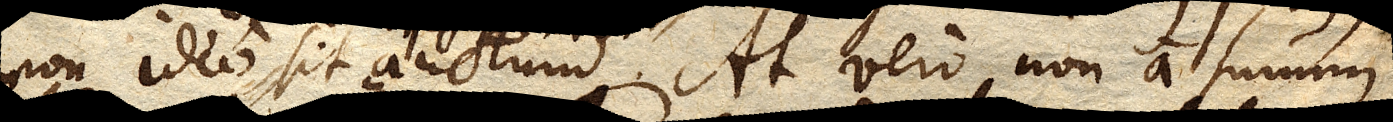
non ideo sit auctum. At vero non a summi